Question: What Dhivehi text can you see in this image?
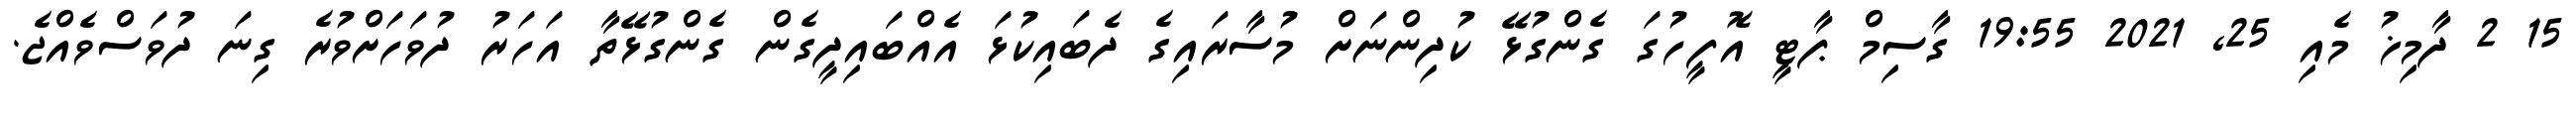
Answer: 15 2 ދާމިޚު މެއި 25, 2021 19:55 ގާސިމް ޕާޓީ އޮފީހުގަ ގެންގުޅޭ ކުދިންނަށް މުސާރައިގެ ދެބައިކުޅަ އެއްބައިދީގެން ގެންގުޅޭތާ އަހަރު ދުވަހަށްވުރެ ގިނަ ދުވަސްވެއްޖެ.